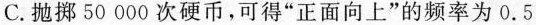
C. 抛掷50000次硬币，可得”正面向上”的频率为0.5